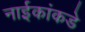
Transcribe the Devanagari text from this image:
नाईकांकडे